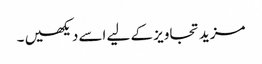
مزید تجاویز کے لیے اسے دیکھیں ۔